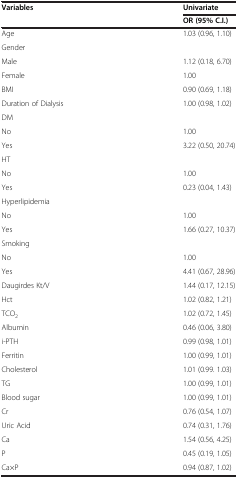
<table><thead><tr><td><b>Variables</b></td><td><b>Univariate</b></td></tr><tr><td><b> </b></td><td><b>OR (95% C.I.)</b></td></tr></thead><tbody><tr><td>Age</td><td>1.03 (0.96, 1.10)</td></tr><tr><td>Gender</td><td> </td></tr><tr><td>Male</td><td>1.12 (0.18, 6.70)</td></tr><tr><td>Female</td><td>1.00</td></tr><tr><td>BMI</td><td>0.90 (0.69, 1.18)</td></tr><tr><td>Duration of Dialysis</td><td>1.00 (0.98, 1.02)</td></tr><tr><td>DM</td><td> </td></tr><tr><td>No</td><td>1.00</td></tr><tr><td>Yes</td><td>3.22 (0.50, 20.74)</td></tr><tr><td>HT</td><td> </td></tr><tr><td>No</td><td>1.00</td></tr><tr><td>Yes</td><td>0.23 (0.04, 1.43)</td></tr><tr><td>Hyperlipidemia</td><td> </td></tr><tr><td>No</td><td>1.00</td></tr><tr><td>Yes</td><td>1.66 (0.27, 10.37)</td></tr><tr><td>Smoking</td><td> </td></tr><tr><td>No</td><td>1.00</td></tr><tr><td>Yes</td><td>4.41 (0.67, 28.96)</td></tr><tr><td>Daugirdes Kt/V</td><td>1.44 (0.17, 12.15)</td></tr><tr><td>Hct</td><td>1.02 (0.82, 1.21)</td></tr><tr><td>TCO<sub>2</sub></td><td>1.02 (0.72, 1.45)</td></tr><tr><td>Albumin</td><td>0.46 (0.06, 3.80)</td></tr><tr><td>i-PTH</td><td>0.99 (0.98, 1.01)</td></tr><tr><td>Ferritin</td><td>1.00 (0.99, 1.01)</td></tr><tr><td>Cholesterol</td><td>1.01 (0.99. 1.03)</td></tr><tr><td>TG</td><td>1.00 (0.99, 1.01)</td></tr><tr><td>Blood sugar</td><td>1.00 (0.99, 1.01)</td></tr><tr><td>Cr</td><td>0.76 (0.54, 1.07)</td></tr><tr><td>Uric Acid</td><td>0.74 (0.31, 1.76)</td></tr><tr><td>Ca</td><td>1.54 (0.56, 4.25)</td></tr><tr><td>P</td><td>0.45 (0.19, 1.05)</td></tr><tr><td>Ca×P</td><td>0.94 (0.87, 1.02)</td></tr></tbody></table>